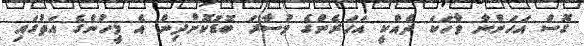
ގޮސް އަހަންނާ ވާހަކަ ދެއްކީ އަހަރެންގެ މުސާރަ ބޮޑުކޮށްދިން އެ މީހުންގެ އަތުގައި